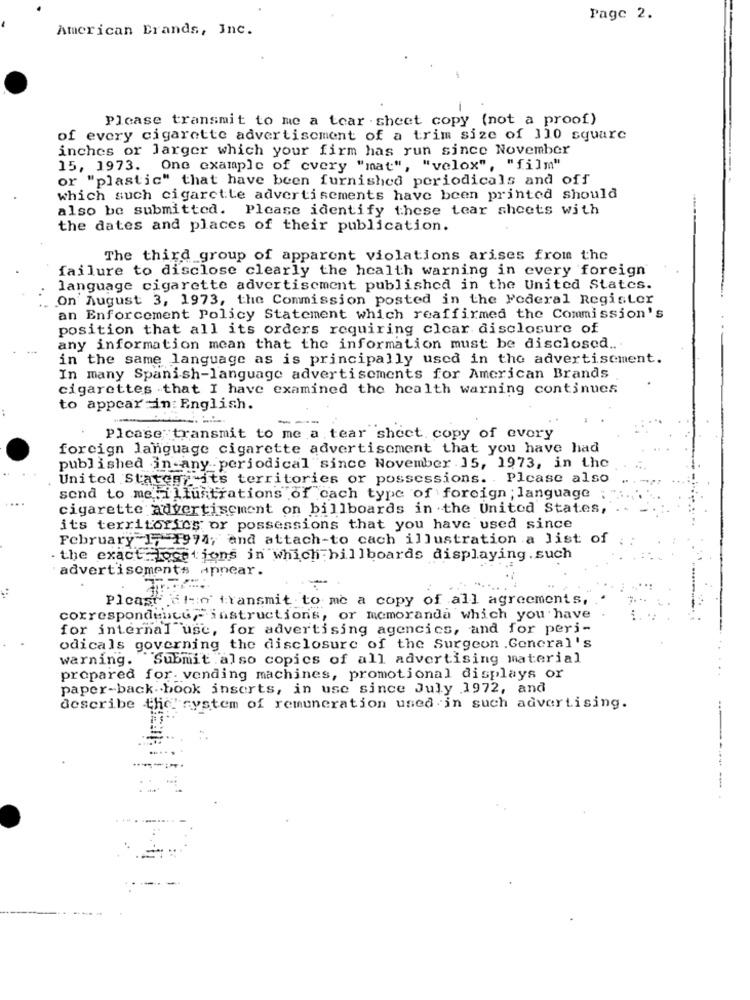
Page 2.
American Brands, Inc.
Please transmit to me a tear sheet copy (not a proof)
of every cigarette advertisement of a trim size of 110 square
inches or Jarger which your firm has run since November
15, 1973. One example of every "mat", "velox", "film"
or "plastic" that have been furnished periodicals and off
which such cigarette advertisements have been printed should
also be submitted. Please identify these tear sheets with
the dates and places of their publication.
The third group of apparent violations arises from the
failure to disclose clearly the health warning in every foreign
language cigarette advertisement published in the United States.
On August 3, 1973, the Commission posted in the Federal Register
an Enforcement Policy Statement which reaffirmed the Commission's
position that all its orders requiring clear disclosure of
any information mean that the information must be disclosed ...
in the same language as is principally used in the advertisement.
In many Spanish-language advertisements for American Brands
cigarettes that I have examined the health warning continues
to appear in: English.
----
Please transmit to me a tear sheet copy of every
foreign language cigarette advertisement that you have had
published in any .periodical"since November 15, 1973, in the
United States, its territories or possessions. . Please also
send to me illustrations of cach type of foreign ; language ;
cigarette advertisement on billboards in the United States,
its territories or possessions that you have used since
February 1, 1974; and attach-to cach illustration a list of
the exact Locations in which billboards displaying.such
advertisements appear.
Plcastelo transmit to me a copy of all agreements,
correspondence instructions, or memoranda which you have
for internal use, for advertising agencies, and for peri-
odicals governing the disclosure of the Surgeon .General's
warning. Submit also copics of all advertising material
prepared for- vending machines, promotional displays or
paper-back -book inserts, in use since July 1972, and
describe the system of remuneration used in such advertising.
-- -